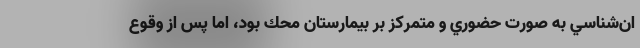
ان‌شناسي به صورت حضوري و متمركز بر بيمارستان محك بود، اما پس از وقوع